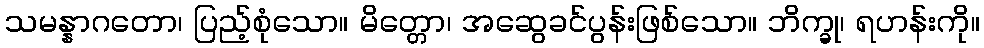
သမန္နာဂတော၊ ပြည့်စုံသော။ မိတ္တော၊ အဆွေခင်ပွန်းဖြစ်သော။ ဘိက္ခု၊ ရဟန်းကို။